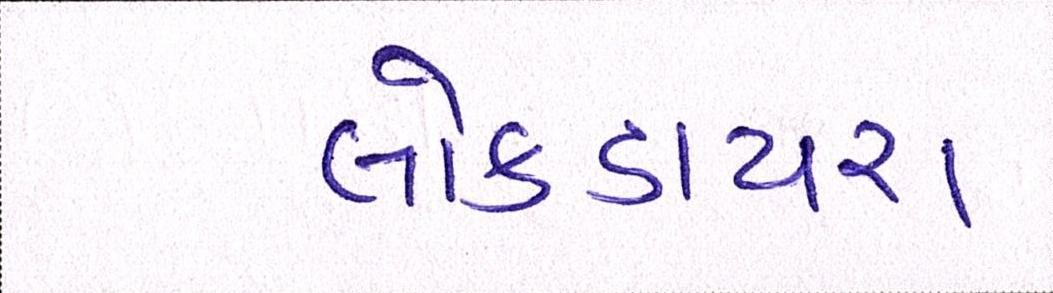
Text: લોકડાયરા